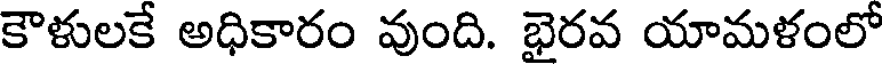
కౌళులకే అధికారం వుంది. భైరవ యామళంలో